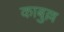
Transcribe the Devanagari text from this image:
काबुल्ल